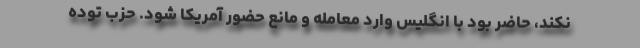
نكند، حاضر بود با انگلیس وارد معامله و مانع حضور آمریكا شود. حزب توده